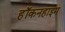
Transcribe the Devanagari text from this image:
हॉकनहाइम